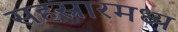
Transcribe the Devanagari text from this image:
सहस्रारमध्य